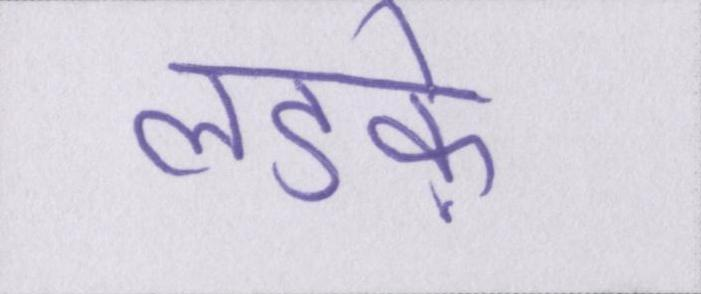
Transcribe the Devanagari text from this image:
लडक़े